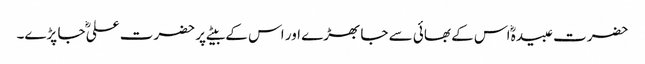
حضرت عبیدہؓ اس کے بھائی سے جا بھڑے اور اس کے بیٹے پر حضرت علیؓ جا پڑے۔